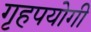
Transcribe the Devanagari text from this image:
गृहपयोगी